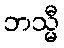
ဘသ္မီ